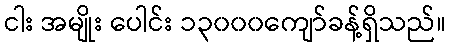
ငါး အမျိုး ပေါင်း ၁၃၀၀၀ကျော်ခန့်ရှိသည်။